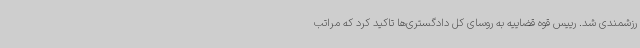
رزشمندی شد. رییس قوه قضاییه به روسای کل دادگستری‌ها تاکید کرد که مراتب